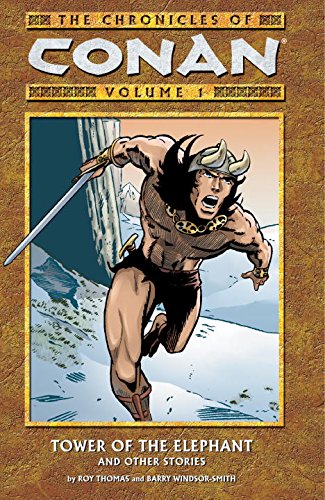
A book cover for The Chronicles of Conan, Vol. 1: Tower of the Elephant and Other Stories; Roy Thomas; Comics & Graphic Novels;